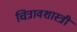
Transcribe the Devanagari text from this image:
चित्रावशास्त्री